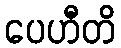
ပေဟီတိ